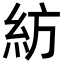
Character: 紡